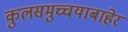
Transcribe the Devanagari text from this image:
कुलसमुच्चयाबाहेर